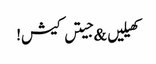
کھیلیں & جیتں کیش!